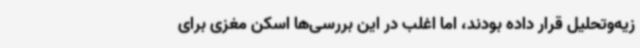
زیه‌وتحلیل قرار داده بودند، اما اغلب در این بررسی‌ها اسکن مغزی برای